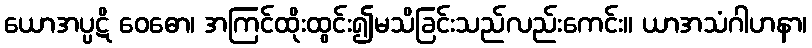
ယောအပ္ပဋိ ဝေဓော၊ အကြင်ထိုးထွင်း၍မသိခြင်းသည်လည်းကေင်း။ ယာအသံဂါဟနာ၊